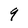
Character: 9